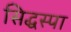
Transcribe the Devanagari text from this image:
सिद्धस्पा